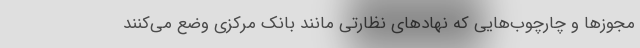
مجوزها و چارچوب‌هایی که نهادهای نظارتی مانند بانک مرکزی وضع می‌کنند